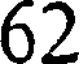
62